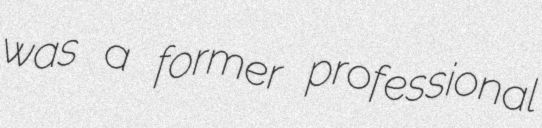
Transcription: was a former professional